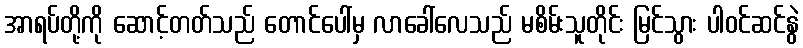
အာရပ်တို့ကို ဆောင့်တတ်သည် တောင်ပေါ်မှ လာခေါ်လေသည် မစိမ်းသူတိုင်း မြင်သွား ပါဝင်ဆင်နွဲ